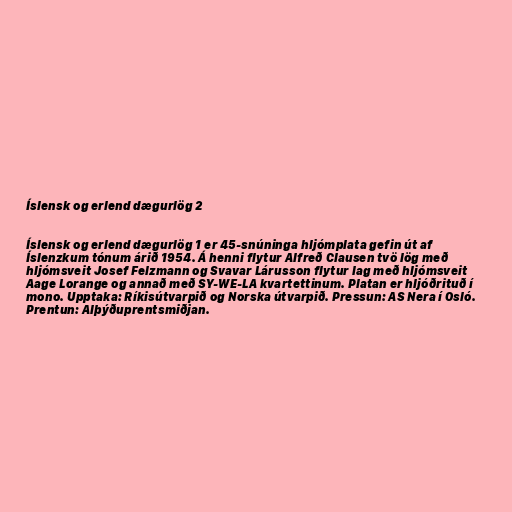
Íslensk og erlend dægurlög 2

Íslensk og erlend dægurlög 1 er 45-snúninga hljómplata gefin út af
Íslenzkum tónum árið 1954. Á henni flytur Alfreð Clausen tvö lög með
hljómsveit Josef Felzmann og Svavar Lárusson flytur lag með hljómsveit
Aage Lorange og annað með SY-WE-LA kvartettinum. Platan er hljóðrituð í
mono. Upptaka: Ríkisútvarpið og Norska útvarpið. Pressun: AS Nera í Osló.
Prentun: Alþýðuprentsmiðjan.